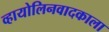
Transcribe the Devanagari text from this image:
व्हायोलिनवादकाला